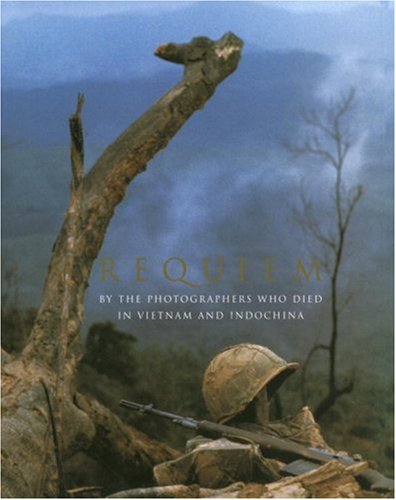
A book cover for Requiem: By the Photographers Who Died in Vietnam and Indochina; Arts & Photography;